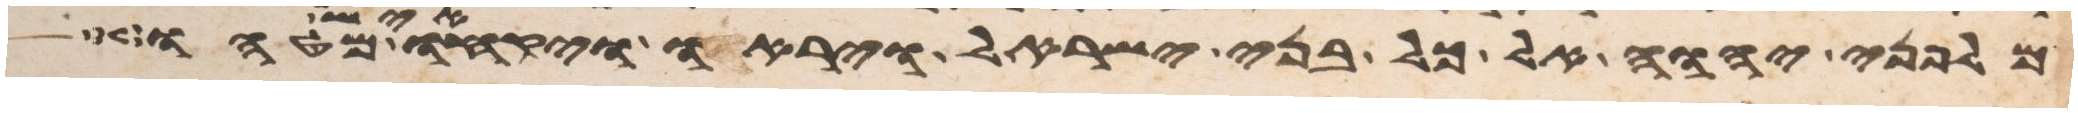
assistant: מלפני יהוה אל כל בני ישראל ויראו ויקחו איש מטהו